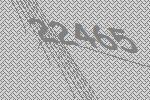
22465